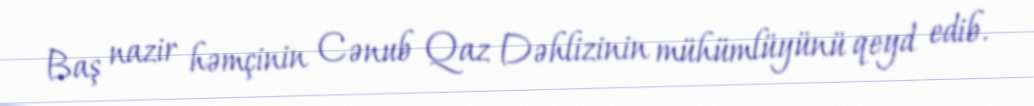
Baş nazir həmçinin Cənub Qaz Dəhlizinin mühümlüyünü qeyd edib.